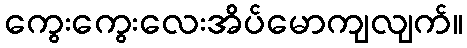
ကွေးကွေးလေးအိပ်မောကျလျက်။